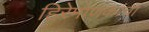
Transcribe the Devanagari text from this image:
हिरेमाणकांचा